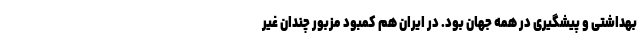
بهداشتی و پیشگیری در همه جهان بود. در ایران هم کمبود مزبور چندان غیر